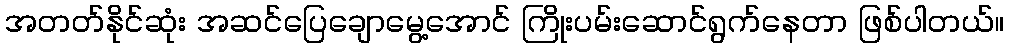
အတတ်နိုင်ဆုံး အဆင်ပြေချောမွေ့အောင် ကြိုးပမ်းဆောင်ရွက်နေတာ ဖြစ်ပါတယ်။